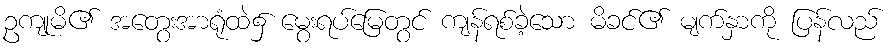
ဥကျုမိ၏ အတွေးအာရုံထဲ၌ မွေးရပ်မြေတွင် ကျန်ရစ်ခဲ့သော မိခင်၏ မျက်နှာကို ပြန်လည်